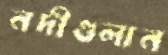
নদীগুলান